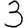
Digit: 3